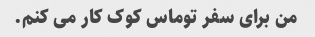
من برای سفر توماس کوک کار می کنم.